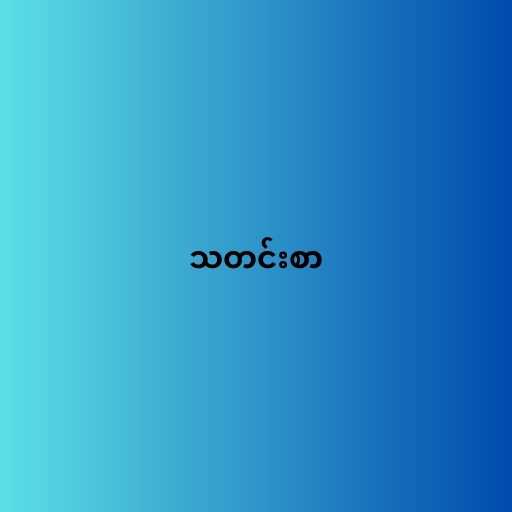
သတင်းစာ